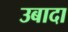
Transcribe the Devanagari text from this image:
उबादा